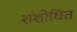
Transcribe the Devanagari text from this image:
शंशोधित